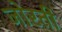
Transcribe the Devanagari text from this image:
जोरती